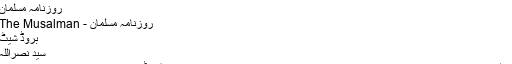
روزنامہ مسلمان - آزاد دائرۃ المعارف، ویکیپیڈیا
روزنامہ مسلمان
روزنامہ مسلمان - The Musalman
بروڈ شیٹ
سید نصراللہ
مسلمان بیسویں صدی کی تیسری دہائی کا اردو زبان کا روزنامہ، جو بھارت کی ریاست تمل ناڈو کے شہر چینائی سے شائع ہوتا ہے۔